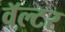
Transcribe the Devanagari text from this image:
वॅल्टर